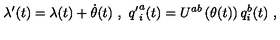
\lambda ^ { \prime } ( t ) = \lambda ( t ) + \dot { \theta } ( t ) \ , \ { q ^ { \prime } } _ { i } ^ { a } ( t ) = U ^ { a b } \left( \theta ( t ) \right) q _ { i } ^ { b } ( t ) \ ,